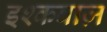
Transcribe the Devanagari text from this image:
इश्कबाज़